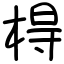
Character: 棏